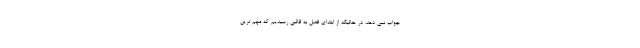
جواب نمی دهد. در حالیکه از ابتدای فصل به قالبی رسیدیم که مهم ترین